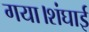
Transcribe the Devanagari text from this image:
गया।शंघाई